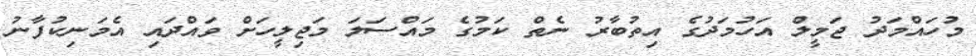
މުހައްމަދު ޖަމީލް އަހުމަދުގެ އިތުބާރު ނެތް ކަމުގެ މައްސަލަ މަޖިލީހަށް ވައްދައި އެމަނިކުފާނު